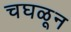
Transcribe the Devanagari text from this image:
चघळून